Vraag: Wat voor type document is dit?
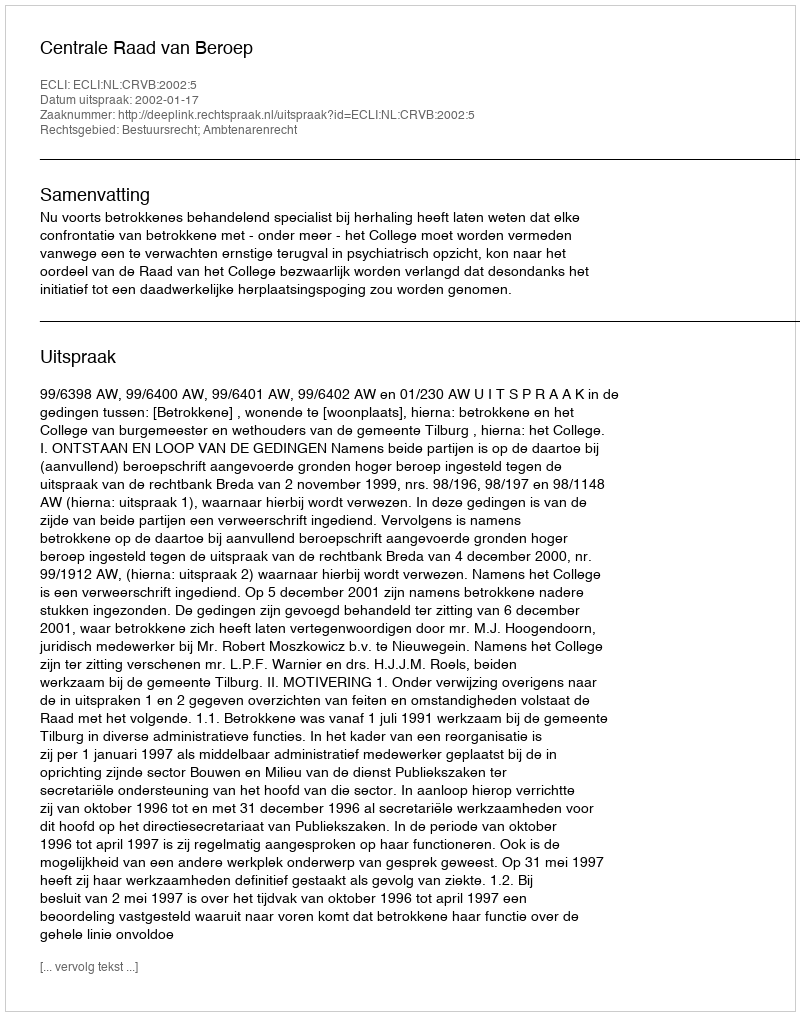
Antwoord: Uitspraak